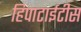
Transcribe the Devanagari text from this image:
हिपाटाईटीस